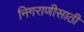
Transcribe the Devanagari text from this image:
निगराणीसाठी